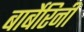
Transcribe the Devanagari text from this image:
बार्बेरिनी